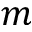
m